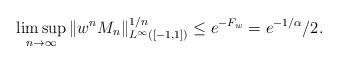
LaTeX: \begin{align*}\limsup_{n\to\infty} \|w^n M_n\|_{L^\infty([-1, 1])}^{1/n} \leq e^{-F_w} = e^{-1/\alpha}/2.\end{align*}